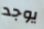
يوجد